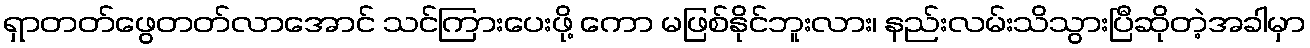
ရှာတတ်ဖွေတတ်လာအောင် သင်ကြားပေးဖို့ ကော မဖြစ်နိုင်ဘူးလား၊ နည်းလမ်းသိသွားပြီဆိုတဲ့အခါမှာ